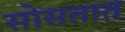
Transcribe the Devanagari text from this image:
सोसतात